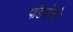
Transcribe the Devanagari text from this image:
पांडवोंको